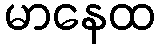
မာနေထ